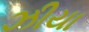
ઝીયા